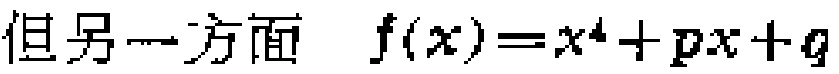
但另一方面 \(f(x)=x^{4}+px + q\)